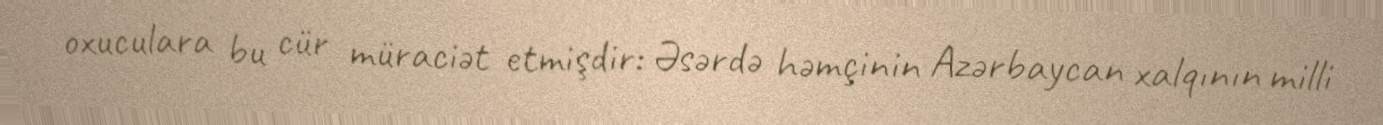
oxuculara bu cür müraciət etmişdir: Əsərdə həmçinin Azərbaycan xalqının milli